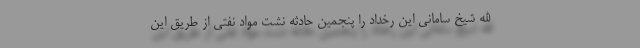
الله شیخ سامانی این رخداد را پنجمین حادثه نشت مواد نفتی از طریق این